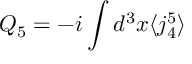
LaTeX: Q _ { 5 } = - i \int d ^ { 3 } x \langle j _ { 4 } ^ { 5 } \rangle